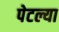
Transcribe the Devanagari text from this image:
पेटल्या